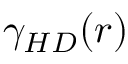
\gamma _ { H D } ( r )